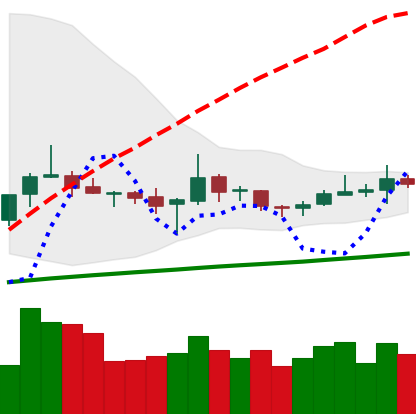
Ticker: TRX-USD
Chart end date: 2020-10-13
Forward return: -3.181%
Label: down_3_5